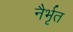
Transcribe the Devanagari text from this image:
नैर्भृत